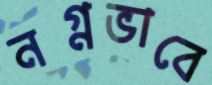
নগ্নভাবে